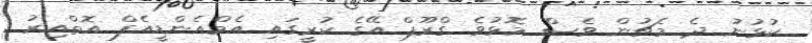
ކުޅުނު ދެ މެޗުން ވެސް މޮޅުވެ ގްރޫޕް އޭގެ ކުރީގައި އެމްއެންޑީއެފް އޮތްއިރު